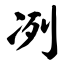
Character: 冽